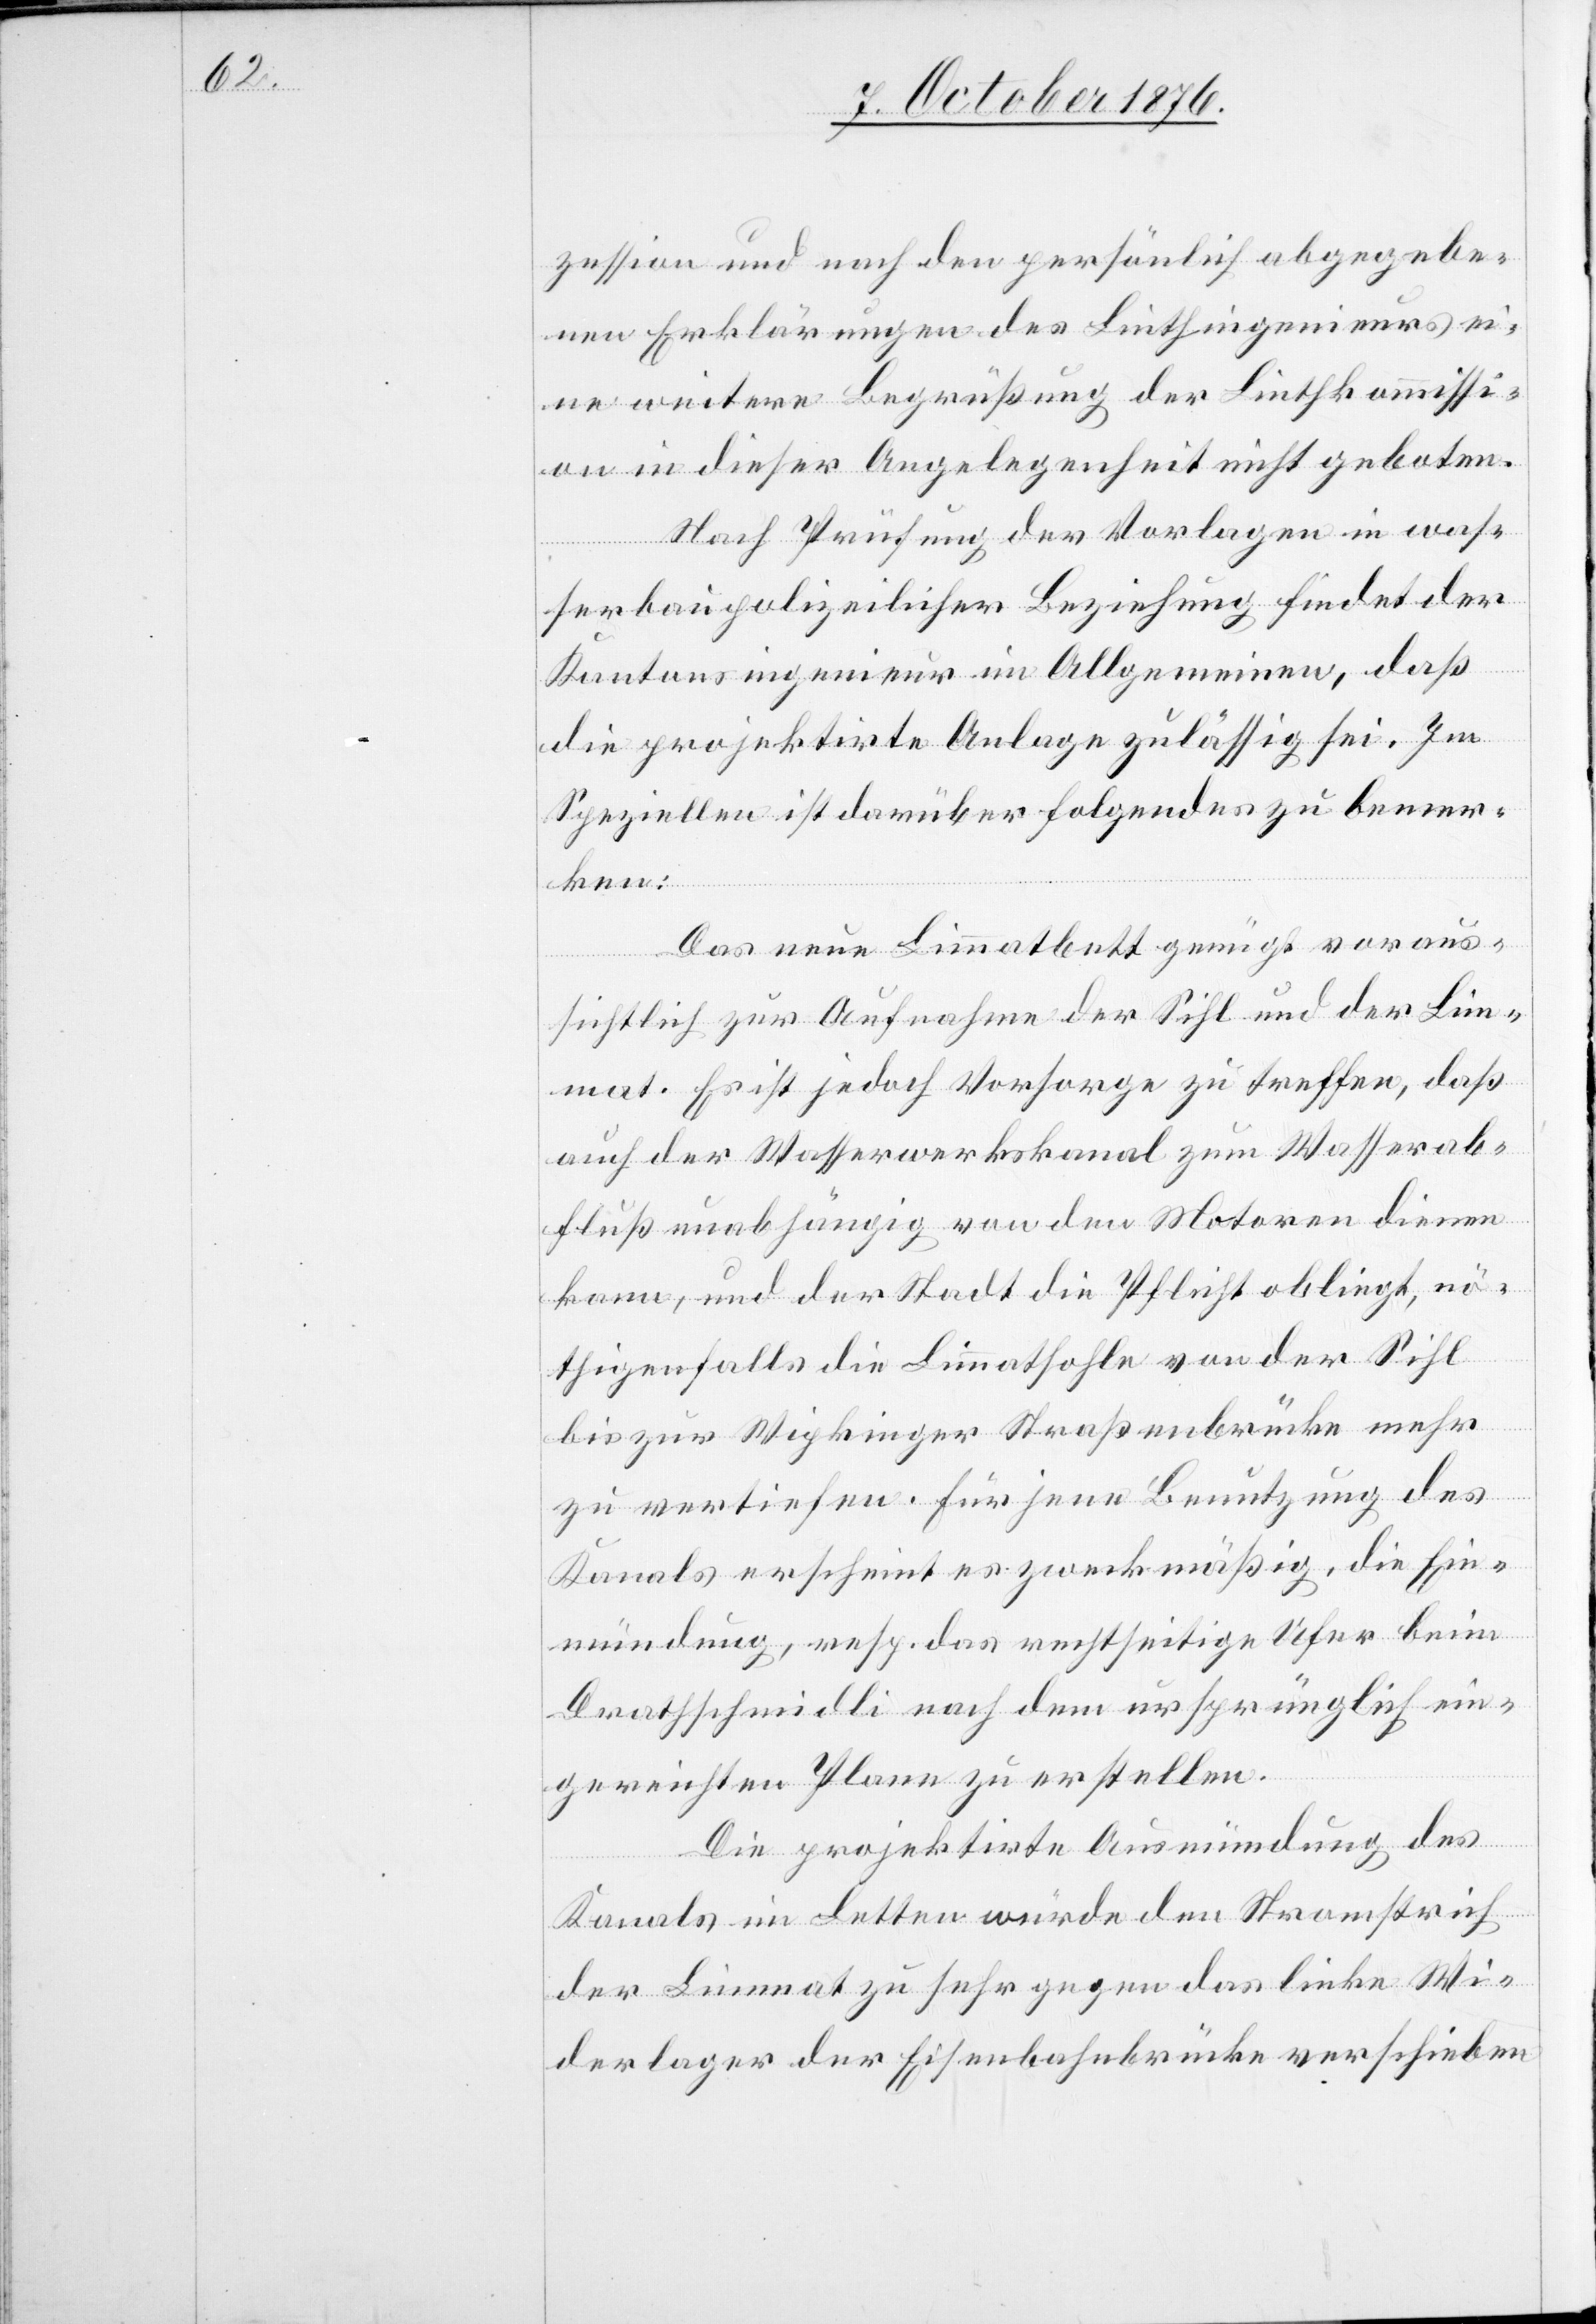
zession und nach den persönlich abgegebe¬
nen Erklärungen des Linthingenieurs ei¬
ne weitere Begrüßung der Linthkommissi¬
on in dieser Angelegenheit nicht geboten.
Nach Prüfung der Vorlagen in was¬
serbaupolizeilicher Beziehung findet der
Kantonsingenieur im Allgemeinen, daß
die projektirte Anlage zulässig sei. Im
Speziellen ist darüber folgendes zu bemer¬
ken:
Das neue Limmatbett genügt voraus¬
sichtlich zur Aufnahme der Sihl und der Lim¬
mat. Es ist jedoch Vorsorge zu treffen, daß
auch der Wasserwerkskanal zum Wasserab¬
fluß unabhängig von den Motoren dienen
kann, und der Stadt die Pflicht obliegt, nö¬
thigenfalls die Limmatsohle von der Sihl
bis zur Wipkinger Straßenbrücke mehr
zu vertiefen. Für jene Benutzung des
Kanals erscheint es zweckmäßig, die Ein¬
mündung, resp. das rechtseitige Ufer beim
Drathschmidli nach dem ursprünglich ein¬
gereichten Plane zu erstellen.
Die projektierte Ausmündung des
Kanals im Letten würde den Stromstrich
der Limmat zu sehr gegen das linke Wi¬
derlager der Eisenbahnbrücke verschieben